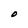
Character: O